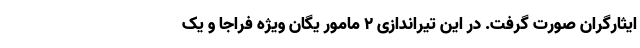
ایثارگران صورت گرفت. در این تیراندازی ۲ مامور یگان ویژه فراجا و یک